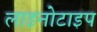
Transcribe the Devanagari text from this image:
लाइनोटाइप